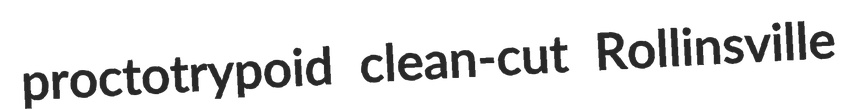
proctotrypoid clean-cut Rollinsville